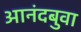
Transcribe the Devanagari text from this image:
आनंदबुवा